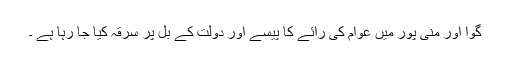
گوا اور منی پور میں عوام کی رائے کا پیسے اور دولت کے بل پر سرقہ کیا جا رہا ہے ۔